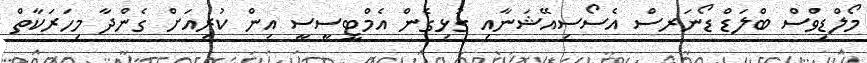
މޯލްޑިވްސް ބްލަޑް ޑޯނަރސް އެސޯސިއޭޝަނާއި ގުޅިގެން އެމްޓީސީސީ އިން ކުރިއަށް ގެންދާ މިހަރަކާތް